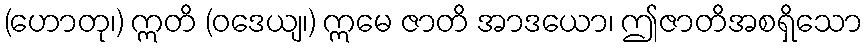
(ဟောတု၊) ဣတိ (ဝဒေယျ၊) ဣမေ ဇာတိ အာဒယော၊ ဤဇာတိအစရှိသော